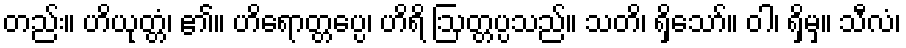
တည်း။ ဟိယုတ္တံ၊ ၏။ ဟိရောတ္တပ္ပေ၊ ဟိရိ ဩတ္တပ္ပသည်။ သတိ၊ ရှိသော်။ ဝါ၊ ရှိမှ။ သီလံ၊